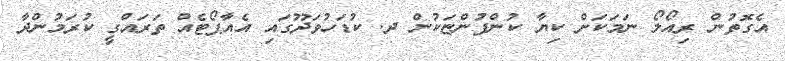
އެގޮތުން ރިއޯލޯ ނަމަކަށް ކިޔާ ކުންފުންޏަކުން ދ. ކުޑަހުވަދޫގައި އެއާޕޯޓެއް ތަރައްގީ ކުރަމުންދާ